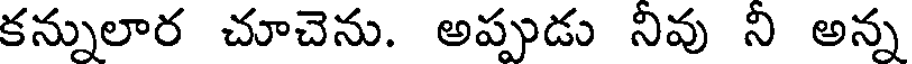
కన్నులార చూచెను. అప్పుడు నివు ని అన్న